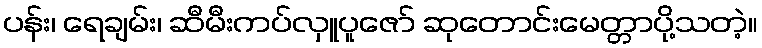
ပန်း၊ ရေချမ်း၊ ဆီမီးကပ်လှူပူဇော် ဆုတောင်းမေတ္တာပို့သတဲ့။